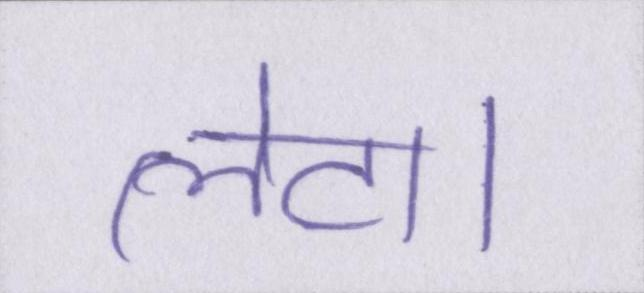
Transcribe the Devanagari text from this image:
लेटा।